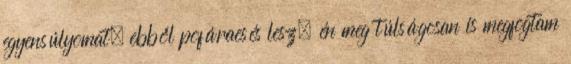
egyensúlyomat, ebből pofáraesés lesz, én meg túlságosan is megfogtam